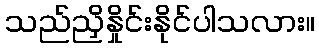
သည်ညှိနှိုင်းနိုင်ပါသလား။